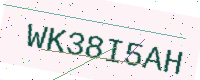
Text: WK38I5AH